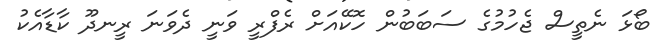
ބޯޅަ ނެތީސް ޖެހުމުގެ ސަބަބުން ހޮކޭއަށް ރެފްރީ ވަނީ ދެވަނަ ރީނދޫ ކާޑާއެކު